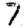
Digit: 7